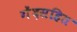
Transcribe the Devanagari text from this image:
गेंदसहित